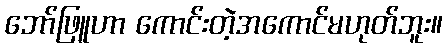
ဘော်ဖြူဟာ ကောင်းတဲ့အကောင်မဟုတ်ဘူး။